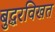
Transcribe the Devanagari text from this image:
बुद्धरविखत